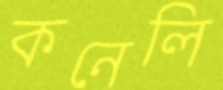
কনেলি